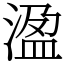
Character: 溋